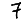
Digit: 7